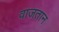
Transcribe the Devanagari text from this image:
वाजतान